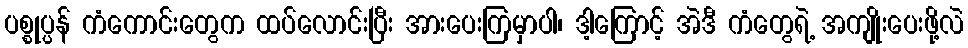
ပစ္စုပ္ပန် ကံကောင်းတွေက ထပ်လောင်းပြီး အားပေးကြမှာပါ၊ ဒါ့ကြောင့် အဲဒီ ကံတွေရဲ့ အကျိုးပေးဖို့လဲ